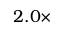
2 . 0 \times